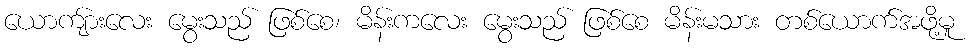
ယောကျ်ားလေး မွေးသည် ဖြစ်စေ၊ မိန်းကလေး မွေးသည် ဖြစ်စေ မိန်းမသား တစ်ယောက်အဖို့မူ